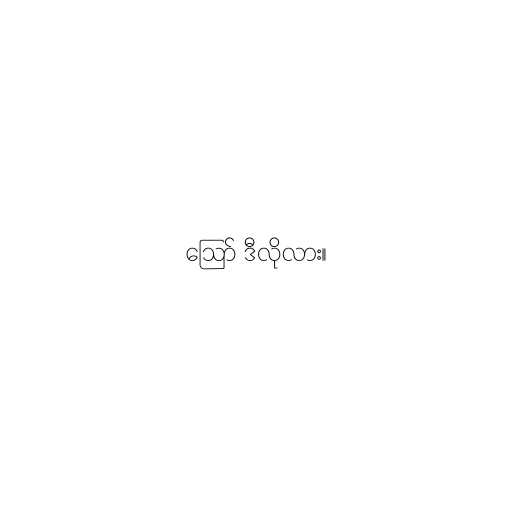
ဪ ဒီလိုလား။